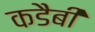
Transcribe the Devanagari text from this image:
कडैबी